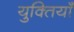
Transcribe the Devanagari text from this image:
युक्‍तियॉं